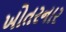
ખોતરનાર